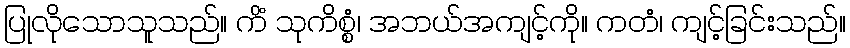
ပြုလိုသောသူသည်။ ကိံ သုကိစ္စံ၊ အဘယ်အကျင့်ကို။ ကတံ၊ ကျင့်ခြင်းသည်။